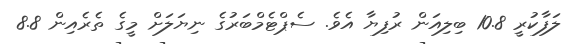
ލަފާކުރީ 10.8 ބިލިއަން ރުފިޔާ އެވެ. ސެޕްޓެމްބަރުގެ ނިޔަލަށް މީގެ ތެރެއިން 8.8